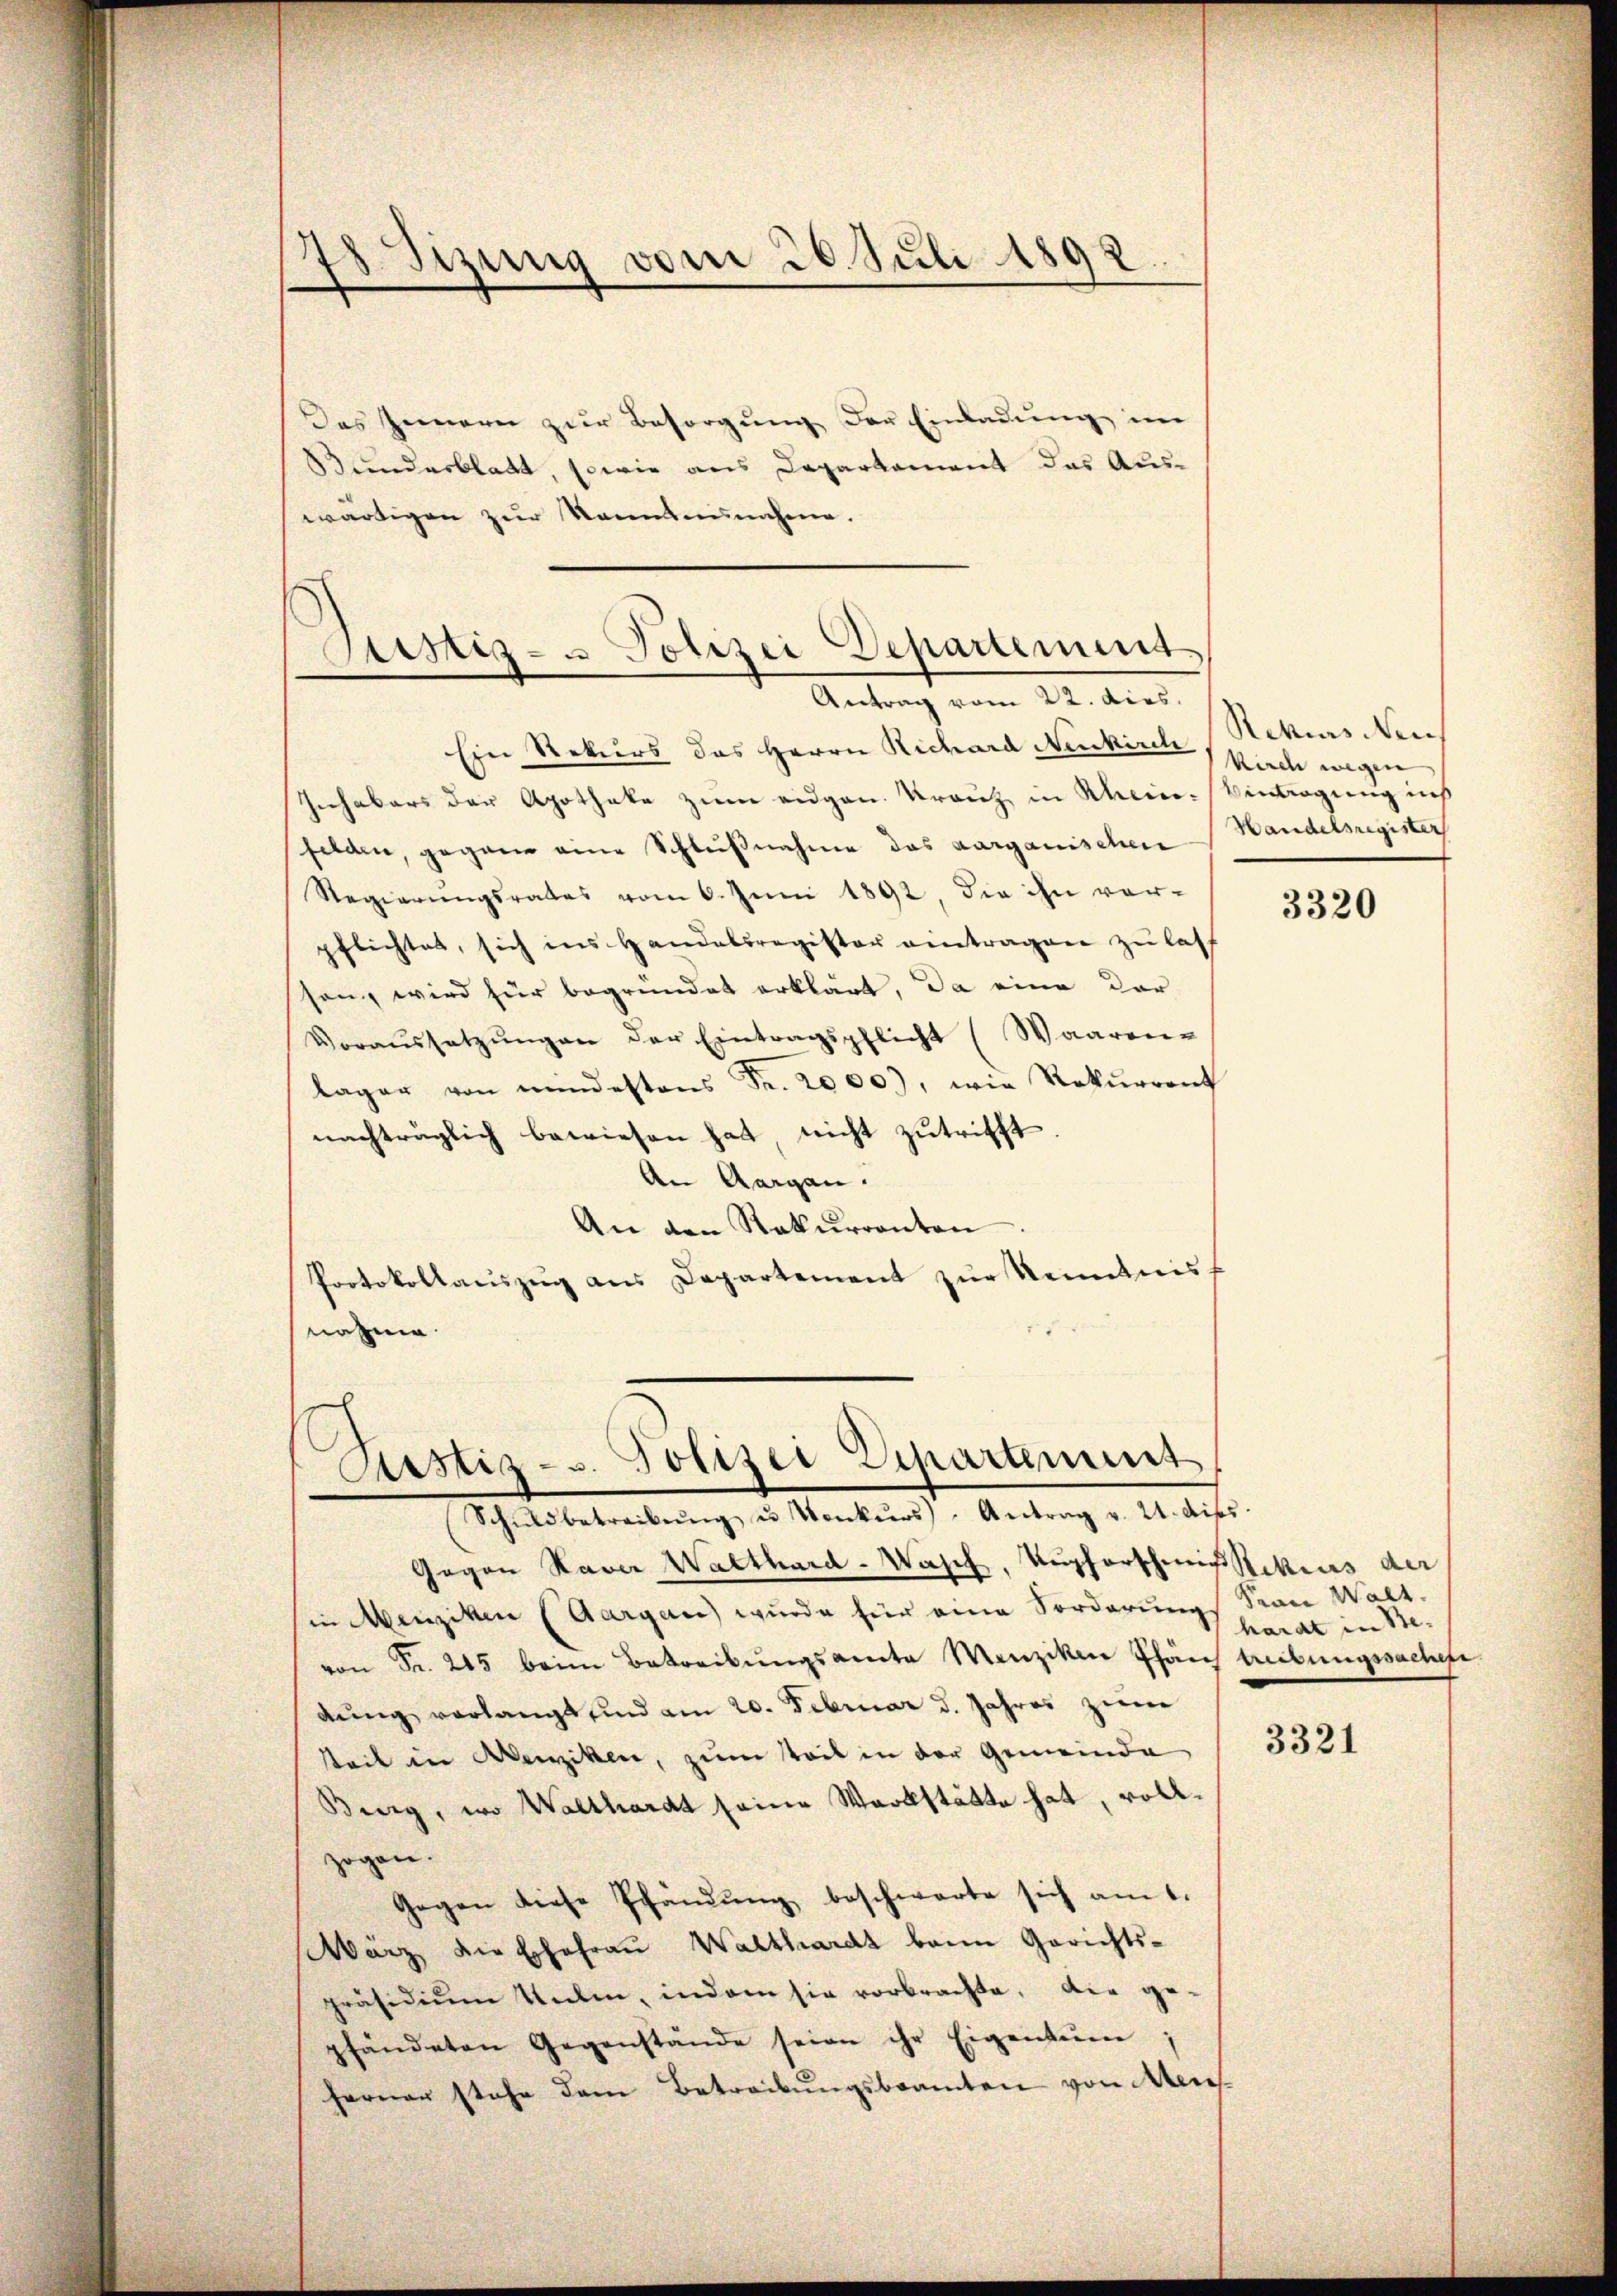
78 Sizung vom 20. Juli 1892

Das Innern zur Besorgung der Einladung im
Bundesblatt, sowie aus Departement das Aus-
wärtigen zur Sonntennahme.
Justiz- u Polizei Departement

Antrag vom 22. dies

Ein Rekurs das Herrn Richard Neukirch
Jechabars der Apotheke zum eidgen. Kranz in Rhein. Eintragung ins
felden, gegene eine Schlußnahme das aarganischen
Regierŭngsrates vom 6. Juni 1892, die ihn vor-
pflichtes, sich ins Handelsregister eintragen zu lass
san, wird für begründet erklärt, da eine der
Voraŭssetzŭngen der Eintragspflicht (Waaren-
lager von mindestens Fr. 2000), wie Rekurrent
nachträglich bewiesen hat nicht zutrifft
An Aargau.
An den Rekurrenten
Protokollauszug aus Departement zur Kenntnis,
nahme

Ristiz- u. Polizei Departement
Schuldbetreibŭng u Venkŭrs - Antrag v. 21. diss

Gegen Haver Walthard-Wasch, Kupferscheitschius der
in Menziken (Aargau) wurde für eine Sorderungs San Walt-
von Fr. 245 beim Betreibungsamte Menziken Pfans treibungssachere
dung verlangt sind am 20. Februar d. Jahres zum
seit in Menziken, zum Zeit in der Gemeinde
Burg, wo Walthardt seine Werkstätte hat, vollzogen.
Gegen diese Schändŭng beschwarte sich am 1.
Wärz die Erfahren Walthardt beim Gerichtspräsidium talen, indem sie vorbrachte, die ge-
pfändeten Gegenstände seien ihr Eigentum
ferner stehe dem Betreibungsbeamten von Mens

Rekurs Nei
kirch wegen
Handelsregister

3320

hardt in Be¬

3321